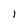
Character: l